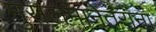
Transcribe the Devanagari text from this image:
मुसलमानेतरांना